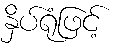
နှိပ်ရုံဖြင့်